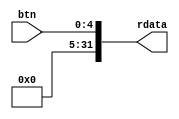
module Buttons(
    input wire [4: 0] btn,
    output wire [31: 0] rdata
);

assign rdata = {27'h0, btn[4: 0]};

endmodule